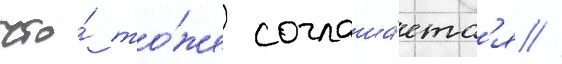
что́ то́же соглаша́етс'я //